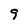
Character: 9